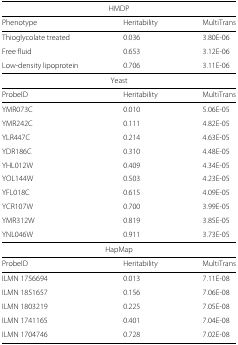
<table><thead><tr><td colspan="3"><b>HMDP</b></td></tr></thead><tbody><tr><td>Phenotype</td><td>Heritability</td><td>MultiTrans</td></tr><tr><td>Thioglycolate treated</td><td>0.036</td><td>3.80E-06</td></tr><tr><td>Free fluid</td><td>0.653</td><td>3.12E-06</td></tr><tr><td>Low-density lipoprotein</td><td>0.706</td><td>3.11E-06</td></tr><tr><td colspan="3">Yeast</td></tr><tr><td>ProbeID</td><td>Heritability</td><td>MultiTrans</td></tr><tr><td>YMR073C</td><td>0.010</td><td>5.06E-05</td></tr><tr><td>YMR242C</td><td>0.111</td><td>4.82E-05</td></tr><tr><td>YLR447C</td><td>0.214</td><td>4.63E-05</td></tr><tr><td>YDR186C</td><td>0.310</td><td>4.48E-05</td></tr><tr><td>YHL012W</td><td>0.409</td><td>4.34E-05</td></tr><tr><td>YOL144W</td><td>0.503</td><td>4.23E-05</td></tr><tr><td>YFL018C</td><td>0.615</td><td>4.09E-05</td></tr><tr><td>YCR107W</td><td>0.700</td><td>3.99E-05</td></tr><tr><td>YMR312W</td><td>0.819</td><td>3.85E-05</td></tr><tr><td>YNL046W</td><td>0.911</td><td>3.73E-05</td></tr><tr><td colspan="3">HapMap</td></tr><tr><td>ProbeID</td><td>Heritability</td><td>MultiTrans</td></tr><tr><td>ILMN 1756694</td><td>0.013</td><td>7.11E-08</td></tr><tr><td>ILMN 1851657</td><td>0.156</td><td>7.06E-08</td></tr><tr><td>ILMN 1803219</td><td>0.225</td><td>7.05E-08</td></tr><tr><td>ILMN 1741165</td><td>0.401</td><td>7.04E-08</td></tr><tr><td>ILMN 1704746</td><td>0.728</td><td>7.02E-08</td></tr></tbody></table>